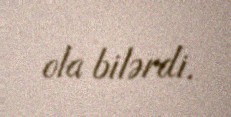
ola bilərdi.